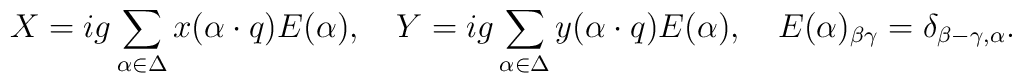
X=ig\sum_{\alpha\in\Delta}x(\alpha\cdot q)E(\alpha),\quad	Y=ig\sum_{\alpha\in\Delta}y(\alpha\cdot q)E(\alpha),\quad	E(\alpha)_{\beta \gamma}=\delta_{\beta-\gamma,\alpha}.